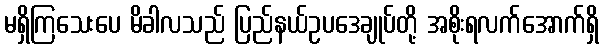
မရှိကြသေးပေ မိခါလသည် ပြည်နယ်ဥပဒေချုပ်တို့ အစိုးရလက်အောက်ရှိ